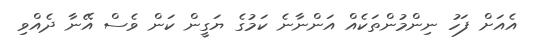
އެއަށް ފަހު ނިންމުންތަކެއް އަންނާނެ ކަމުގެ ޔަގީން ކަން ވެސް އޭނާ ދެއްވި